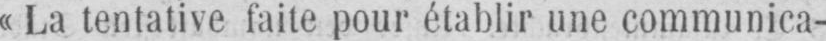
«La tentative faite pour établir une communica-